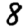
Digit: 8